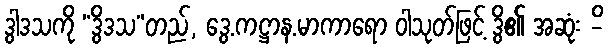
ဒွါဒသကို “ဒွိဒသ”တည်, ဒွေ.ကဋ္ဌာန.မာကာရော ဝါသုတ်ဖြင့် ဒွိ၏ အဆုံး -ိ